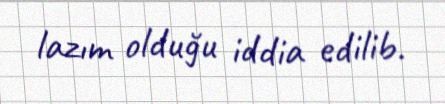
lazım olduğu iddia edilib.